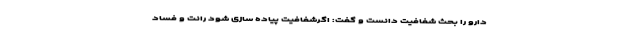
دارو را بحث شفافیت دانست و گفت: اگرشفافیت پیاده سازی شود رانت و فساد